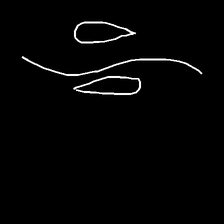
Glyph: water